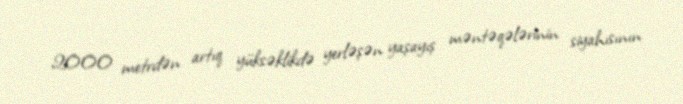
2000 metrdən artıq yüksəklikdə yerləşən yaşayış məntəqələrinin siyahısının